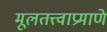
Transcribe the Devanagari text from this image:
मूलतत्त्वाप्रमाणे